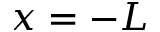
x = - L